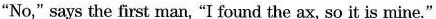
"No," says the first man, "I found the ax, so it is mine."